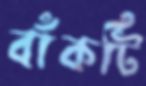
বাঁকটি